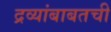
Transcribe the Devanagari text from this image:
द्रव्यांबाबतची